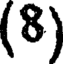
(8)